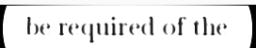
be required of the